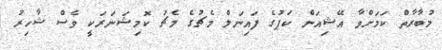
މުބާރާތް ކަމަށްވާ އޭޝިއަން ކަޕުގެ ފައިނަލް މެޗުގެ މެޗު ކޮމިޝަނަރަކީ ވެސް ޝާހިރު